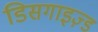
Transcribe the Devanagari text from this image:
डिसगाइज़्ड